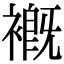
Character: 𧜳